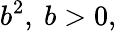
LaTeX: b^{2},\ b>0,